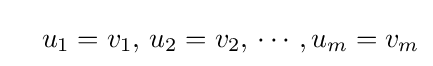
\quad u_{1}=v_{1},\,u_{2}=v_{2},\,\cdots ,u_{m}=v_{m}